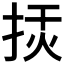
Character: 𢭅